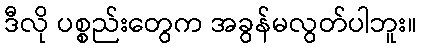
ဒီလို ပစ္စည်းတွေက အခွန်မလွတ်ပါဘူး။